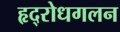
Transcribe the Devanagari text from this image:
हृद्‌रोधगलन